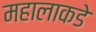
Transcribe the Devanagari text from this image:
महालाकडे